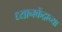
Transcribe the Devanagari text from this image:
ध्यानकेंद्राच्या